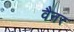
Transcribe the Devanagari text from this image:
वैनर